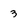
Character: 3